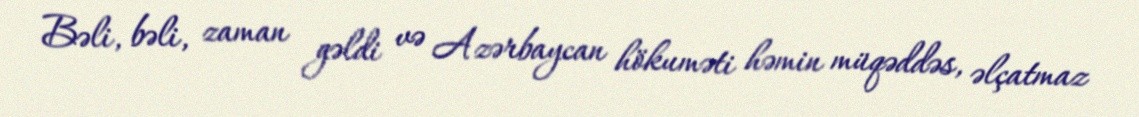
Bəli, bəli, zaman gəldi və Azərbaycan hökuməti həmin müqəddəs, əlçatmaz